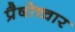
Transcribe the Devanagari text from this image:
प्रैषोच्चार